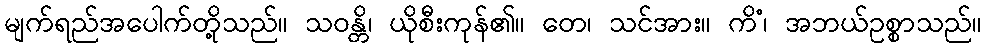
မျက်ရည်အပေါက်တို့သည်။ သဝန္တိ၊ ယိုစီးကုန်၏။ တေ၊ သင်အား။ ကိံ၊ အဘယ်ဥစ္စာသည်။